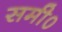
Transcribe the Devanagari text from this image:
समी०